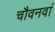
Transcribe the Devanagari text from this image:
चौवनवां